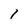
Character: 1